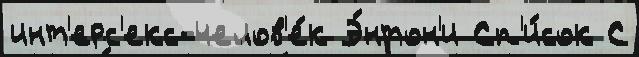
инт'ерс'екс-челов'е́к Э́нтон'и Сп'и́сок С